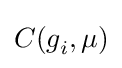
C(g_{i}^{},\mu )